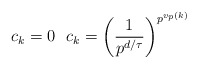
\begin{align*}c_k=0\ \ c_k=\left(\frac{1}{p^{d/\tau}}\right)^{p^{v_p(k)}}\ \end{align*}